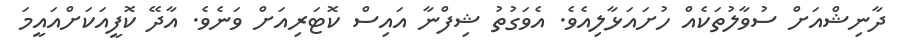
ދާނިޝްއަށް ސުވާލުތަކެއް ހުށައަޅާލިއެވެ. އެެވަގުތު ޝިފްނާ އައިސް ކޮޓަރިއަށް ވަނެެވެ. އާދޭ ކޮފީއަކަށްއައީމަ